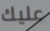
عليك